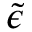
\tilde { \epsilon }